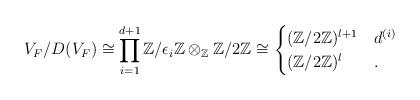
LaTeX: \begin{align*}V_F/D(V_F) \cong \prod_{i=1}^{d+1} \mathbb{Z}/\epsilon_i \mathbb{Z} \otimes_\mathbb{Z} \mathbb{Z}/2 \mathbb{Z}\cong \begin{cases}(\mathbb{Z}/2 \mathbb{Z})^{l+1} & d^{(i)} \\(\mathbb{Z}/2 \mathbb{Z})^{l} & .\end{cases}\end{align*}